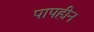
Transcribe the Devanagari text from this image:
पापहीन